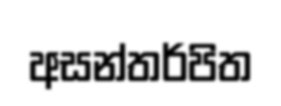
අසන්තර්පිත